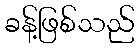
ခန့်ဖြစ်သည်